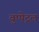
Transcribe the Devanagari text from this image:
वुप्‍पेट्रल